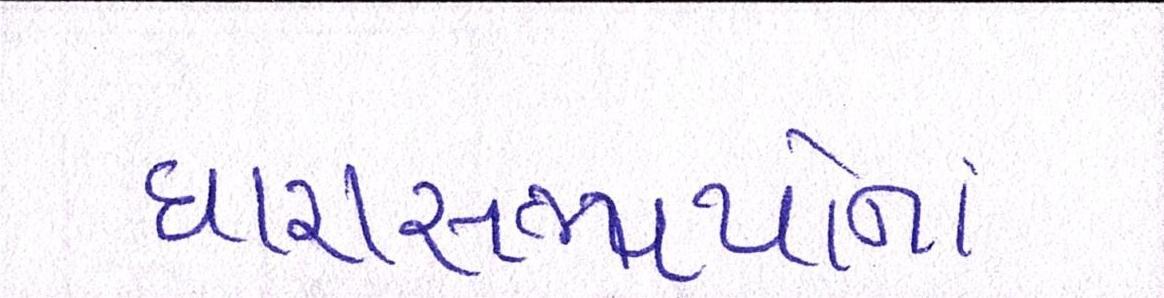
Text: ધારાસભ્યોના